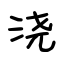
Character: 浇